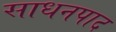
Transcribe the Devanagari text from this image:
साधनपाद